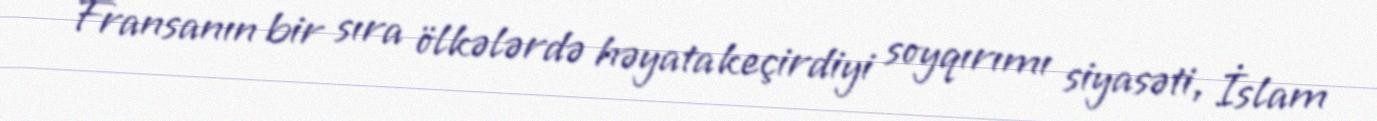
Fransanın bir sıra ölkələrdə həyata keçirdiyi soyqırımı siyasəti, İslam